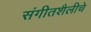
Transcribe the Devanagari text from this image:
संगीतशैलीचे